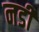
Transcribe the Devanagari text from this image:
नडी